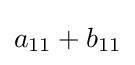
a_{11}+b_{11}